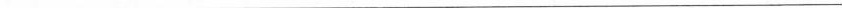
___